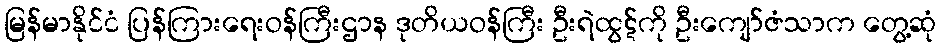
မြန်မာနိုင်ငံ ပြန်ကြားရေးဝန်ကြီးဌာန ဒုတိယဝန်ကြီး ဦးရဲထွဋ်ကို ဦးကျော်ဇံသာက တွေ့ဆုံ